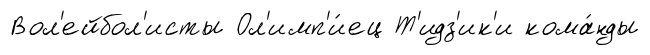
Вол'ейбол'исты Ол'имп'и́ец Т'идз'ик'и кома́нды